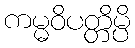
ကမ္မဝိပတ္တိမ္ပိ